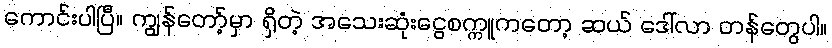
ကောင်းပါပြီ။ ကျွန်တော့်မှာ ရှိတဲ့ အသေးဆုံးငွေစက္ကူကတော့ ဆယ် ဒေါ်လာ တန်တွေပါ။